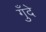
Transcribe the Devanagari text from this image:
गुँदे